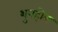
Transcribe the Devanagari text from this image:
शुनहोत्र